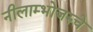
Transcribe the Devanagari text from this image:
नीलाम्भोजरुचे